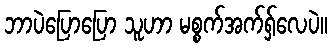
ဘာပဲပြောပြော သူဟာ မစ္စက်အက်ရှ်လေပဲ။